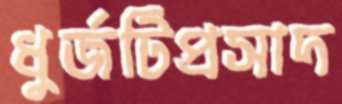
ধুর্জটিপ্রসাদ